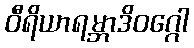
ဝီရိယာရမ္ဘာဒိဝဂ္ဂေါ